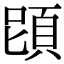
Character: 𩒁